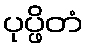
ပုပ္ဖိတံ